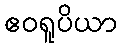
ဧဝရူပိယာ